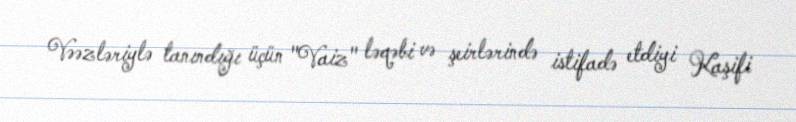
Vəəzləriylə tanındığı üçün "Vaiz" ləqəbi və şeirlərində istifadə etdiyi Kaşifi